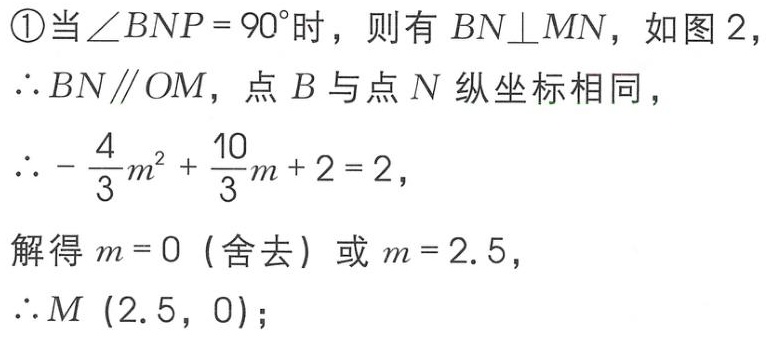
\textcircled{1}当\(\angle BNP = 90^{\circ}\)时，则有 \(BN\perp MN\)，如图 2，
\(\therefore BN\parallel OM\)，点 \(B\) 与点 \(N\) 纵坐标相同，
\(\therefore -\frac{4}{3}m^{2}+\frac{10}{3}m + 2 = 2\)，
解得 \(m = 0\)（舍去）或 \(m = 2.5\)，
\(\therefore M\ (2.5,\ 0)\)；